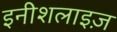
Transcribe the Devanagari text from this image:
इनीशलाइज़